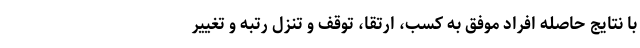
با نتایج حاصله افراد موفق به کسب، ارتقا، توقف و تنزل رتبه و تغییر